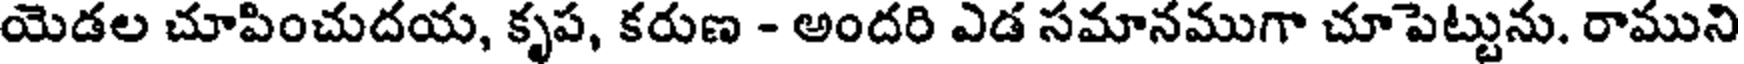
యెడల చూపించుదయ, కృప, కరుణ - అందరి ఎడ సమానముగా చూపెట్టును. రాముని